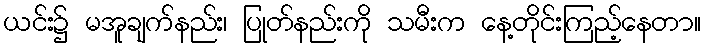
ယင်း၌ မအူချက်နည်း၊ ပြုတ်နည်းကို သမီးက နေ့တိုင်းကြည့်နေတာ။